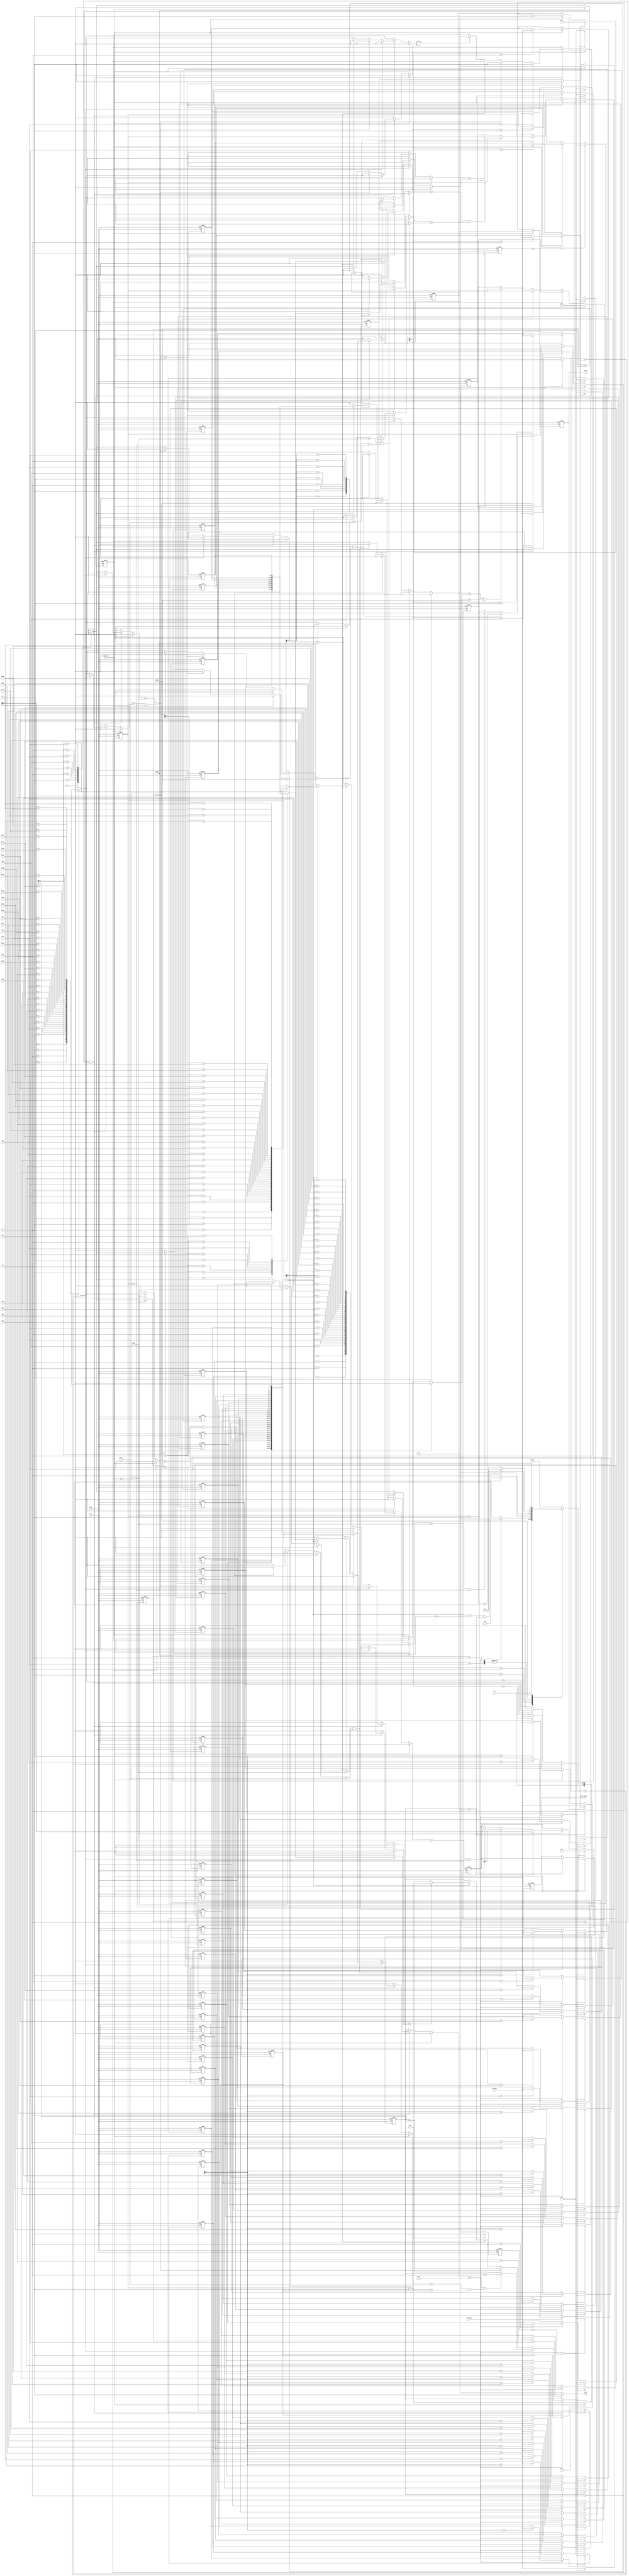
module SME(clk,reset,chardata,isstring,ispattern,valid,match,match_index);

    input               clk;
    input               reset;
    
    input       [7:0]   chardata;
    input               isstring;
    input               ispattern;
    
    output reg          match;
    output reg  [4:0]   match_index;
    output              valid;
    // reg match;
    // reg [4:0] match_index;
    // reg valid;
    
    reg         [7:0]   string_array  [0:31];
    reg         [7:0]   pattern_array [0:7];

    reg         [5:0]   string_len;
    reg         [3:0]   pattern_len; 

    reg                 string_flag;
    reg                 pattern_flag;

    reg                 head_exist;
    reg                 tail_exist;

    reg         [5:0]   string_index;
    reg         [3:0]   pattern_index; 
    
    reg         [5:0]   string_index_reg;
    reg         [5:0]   string_star_index_reg; 
    
    reg                 maybe_match;
    reg         [4:0]   maybe_match_index;

    reg                 star_reg;

    reg         [4:0]   state;
    reg         [4:0]   nstate;

    integer i;   

    parameter READ_STRING = 4'd0,
                READ_PATTERN    = 4'd1,
                CHECK           = 4'd2,
                NORMAL          = 4'd3,
                HEAD            = 4'd4,
                TAIL            = 4'd5,
                BOTH            = 4'd6,
                OUTPUT_ANS      = 4'd7,
                RESET_ALL       = 4'd8;


    assign valid = (state == OUTPUT_ANS) ? 1'b1 : 1'b0;
    //assign match = 1'b0;
    //assign match_index = 5'b0;
    
    // =========================================================================================================================
    always @(posedge clk or posedge reset) begin
        if (reset) begin
            for (i = 0; i < 32; i=i+1) begin
                string_array[i] <= 8'b0;
            end
            string_len <= 6'b0;
        end
        else begin
            if (isstring && (~string_flag)) begin
                for (i = 1; i < 32; i=i+1) begin
                    string_array[i] <= 8'b0;
                end
                string_array[0] <= chardata;
                string_len      <= 6'b1;
            end
            else if (isstring) begin
                string_array[string_len]    <= chardata;
                string_len                  <= string_len + 6'b1;
            end
        end
    end
    
    always @(posedge clk or posedge reset) begin
        if (reset) begin
            for (i = 0; i < 8; i=i+1) begin
                pattern_array[i] <= 8'b0;
            end
            pattern_len <= 4'b0;
        end
        else begin
            if (ispattern && (~pattern_flag)) begin
                for (i = 1; i < 8; i=i+1) begin
                    pattern_array[i] <= 8'b0;
                end
                pattern_array[0] <= chardata;
                pattern_len      <= 4'b1;
            end
            else if (ispattern) begin
                pattern_array[pattern_len]  <= chardata;
                pattern_len                 <= pattern_len + 4'b1;
            end
        end
    end

    always @(posedge clk or posedge reset) begin
        if (reset) begin
            string_flag     <= 1'b0;
            pattern_flag    <= 1'b0;
        end
        else begin
            string_flag     <= (isstring)  ? 1'b1 : 1'b0;
            pattern_flag    <= (ispattern) ? 1'b1 : 1'b0;
        end
    end

    always @(posedge clk or posedge reset) begin : check_head_tail_is_exist
        if (reset) begin
            head_exist <= 1'b0;
            tail_exist <= 1'b0;
        end
        else begin
            if (ispattern) begin
                head_exist <= 1'b0;
                tail_exist <= 1'b0;
            end
            else if (ispattern) begin
                if (chardata == 8'h5E) begin
                    head_exist <= 1'b1;
                end
                else if (chardata == 8'h24) begin
                    tail_exist <= 1'b1;
                end
            end
        end
    end
    
    // =========================================================================================================================

    always @(posedge clk or posedge reset) begin
        if (reset) begin
           string_index <= 6'b0;
        end
        else begin
            if (ispattern) begin
                string_index <= 6'b0;
            end
            else if (pattern_array[pattern_index] == 8'h2A) begin
                if (string_index == string_len) begin
                    string_index <= string_star_index_reg;
                end
                else begin
                    string_index <= string_index + 6'b1;
                end
            end
            else if (state == NORMAL) begin
                if (maybe_match == 1'b1 && !((string_array[string_index] == pattern_array[pattern_index] || pattern_array[pattern_index] == 8'h2E))) begin
                    string_index <= string_index_reg + 6'b1;
                end
                else if (pattern_array[pattern_index] == 8'h5E && (string_index == 6'b0)) begin
                    string_index <= string_index; 
                end
                else begin
                    string_index <= string_index + 6'b1;
                end
            end
        end
    end

    always @(posedge clk or posedge reset) begin
        if (reset) begin
            string_star_index_reg   <= 6'b0;
        end
        else begin
            if (ispattern) begin
                string_star_index_reg   <= 6'b0;
            end
            else if (pattern_array[pattern_index] == 8'h2A) begin
                if (!star_reg) begin
                    string_star_index_reg <= string_index;
                end
                else if (pattern_index+2 < pattern_len) begin 
                    if (string_array[string_index] == pattern_array[pattern_index+1] && string_array[string_index+1] == pattern_array[pattern_index+2]) begin
                        string_star_index_reg <= string_index;
                    end
                end
                else begin
                    if (string_array[string_index] == pattern_array[pattern_index+1]) begin
                        string_star_index_reg <= string_index;
                    end
                end
            end
        end
    end

    always @(posedge clk or posedge reset) begin
        if (reset) begin
            star_reg    <= 1'b0;
        end
        else begin
            if (ispattern) begin
                star_reg <= 1'b0;
            end
            else if (pattern_array[pattern_index] == 8'h2A) begin
                star_reg <= 1'b1;
            end
        end
    end

    always @(posedge clk or posedge reset) begin
        if (reset) begin
            string_index_reg <= 6'b0;
        end
        else begin
            if (ispattern) begin // reset
                string_index_reg <= 4'b0;
            end
            else if (maybe_match == 1'b0) begin
                if ((pattern_array[pattern_index] == 8'h5E && (string_array[string_index] == 8'h20 || string_index == 6'b0))) begin
                    string_index_reg <= string_index;
                end
                else if ((string_array[string_index] == pattern_array[pattern_index] || pattern_array[pattern_index] == 8'h2E)) begin
                    string_index_reg <= string_index;
                end
            end
        end
    end
    
    always @(posedge clk or posedge reset) begin
        if (reset) begin
            pattern_index <= 4'b0;
        end
        else begin
            if (ispattern) begin
                pattern_index <= 4'b0;
            end
            else if (state >= NORMAL && state <= BOTH) begin
                if (string_array[string_index] == pattern_array[pattern_index] || pattern_array[pattern_index] == 8'h2E) begin
                    if (pattern_array[pattern_index+1] == 8'h24 && (string_array[string_index+1] == 8'h20 || string_index+1 == string_len)) begin
                        pattern_index <= pattern_index + 4'd2;
                    end
                    else begin
                        pattern_index <= pattern_index + 4'b1;
                    end
                end
                else if ((pattern_array[pattern_index] == 8'h5E && (string_array[string_index] == 8'h20 || string_index == 6'b0))) begin
                    pattern_index <= pattern_index + 4'b1;
                end
                else if (pattern_array[pattern_index] == 8'h2A) begin
                    if (string_index == string_len) begin // finish fully scan
                        if (string_array[string_star_index_reg] == pattern_array[pattern_index+1]) begin
                            pattern_index <= pattern_index + 6'b1;
                        end
                        else begin
                            pattern_index <= 6'b0;
                        end
                    end
                    else begin
                        pattern_index <= pattern_index; 
                    end
                end
                else begin
                    pattern_index <= 4'b0;
                end
            end
        end
    end
    

    always @(posedge clk or posedge reset) begin
        if (reset) begin
            match       <= 1'b0;
            match_index <= 5'b0;
        end
        else begin
            if (ispattern) begin // reset
                match       <= 1'b0;
                match_index <= 5'b0;
            end
            else if (pattern_index == pattern_len) begin
                match       <= 1'b1;
                match_index <= maybe_match_index;
            end
        end
    end

    always @(posedge clk or posedge reset) begin
        if (reset) begin
            maybe_match_index <= 4'b0;
        end
        else begin
            if (ispattern) begin
                maybe_match_index <= 4'b0;
            end
            else if ((state == NORMAL) && (maybe_match == 1'b0)) begin
                if (string_array[string_index] == pattern_array[pattern_index] || pattern_array[pattern_index] == 8'h2E) begin
                    maybe_match_index <= string_index;
                end
                else if ((pattern_array[pattern_index] == 8'h5E && (string_array[string_index] == 8'h20))) begin
                    maybe_match_index <= string_index + 6'b1;
                end
                else if ((pattern_array[pattern_index] == 8'h5E && string_index == 6'b0)) begin
                    maybe_match_index <= string_index;
                end
            end
        end
    end

    always @(posedge clk or posedge reset) begin
        if (reset) begin
            maybe_match <= 1'b0;
        end
        else begin
            if (ispattern) begin // reset
                maybe_match <= 1'b0;
            end
            else if (state >= NORMAL && state <= BOTH) begin
                if (string_array[string_index] == pattern_array[pattern_index] || pattern_array[pattern_index] == 8'h2E) begin
                    maybe_match <= 1'b1;
                end
                else if ((pattern_array[pattern_index] == 8'h5E && (string_array[string_index] == 8'h20 || string_index == 6'b0))) begin
                    maybe_match <= 1'b1;
                end
                else if (pattern_array[pattern_index] == 8'h2A) begin
                    maybe_match <= maybe_match;
                end
                else if (string_array[string_index] != pattern_array[pattern_index]) begin
                    maybe_match <= 1'b0;
                end
            end
        end
    end
    
    always @(*) begin
        case(state)
            READ_STRING : nstate = (isstring)  ? READ_STRING  : READ_PATTERN;
            READ_PATTERN: nstate = (ispattern) ? READ_PATTERN : CHECK;
            CHECK       : nstate = NORMAL;
            NORMAL      : nstate = ((string_index == string_len && !(pattern_array[pattern_index] == 8'h2A)) || pattern_index == pattern_len) ? OUTPUT_ANS : NORMAL;
            TAIL        : nstate = OUTPUT_ANS;
            BOTH        : nstate = OUTPUT_ANS;
            OUTPUT_ANS  : nstate = READ_STRING;
            default     : nstate = READ_STRING;
        endcase
    end

    always @(posedge clk or posedge reset) begin
        if (reset)      state <= READ_STRING;
        else            state <= nstate;
    end


endmodule